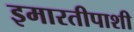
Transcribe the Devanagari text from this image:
इमारतीपाशी